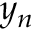
y _ { n }